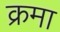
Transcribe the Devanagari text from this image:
क्रमा